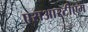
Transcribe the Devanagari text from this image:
एसआरटीएम